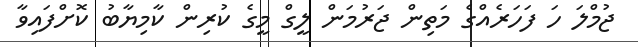
ޖުމްލަ ހަ ފަހަރެއްގެ މަތިން ޖަރުމަން ލީގް މީގެ ކުރިން ކާމިޔާބު ކޮށްފައިވާ